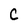
Character: C